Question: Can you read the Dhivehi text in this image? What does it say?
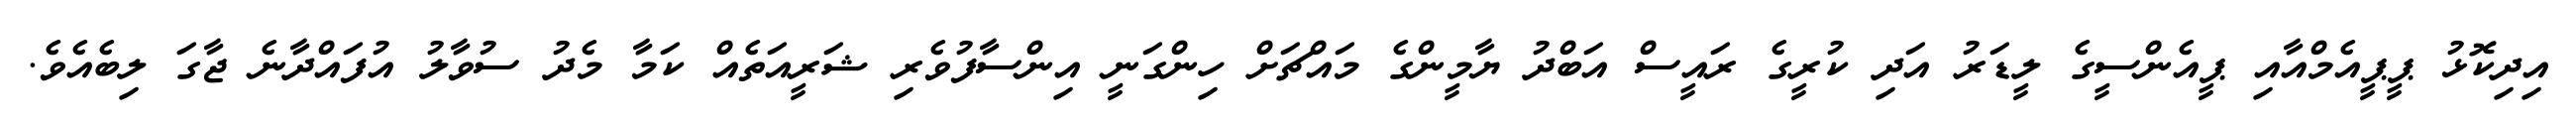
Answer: އިދިކޮޅު ޕީޕީއެމްއާއި ޕީއެންސީގެ ލީޑަރު އަދި ކުރީގެ ރައީސް އަބްދު ޔާމީންގެ މައްޗަށް ހިންގަނީ އިންސާފުވެރި ޝަރީއަތެއް ކަމާ މެދު ސުވާލު އުފައްދާނެ ޖާގަ ލިބެއެވެ.